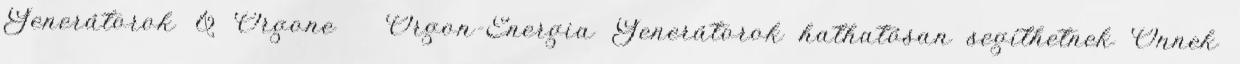
Generátorok & Orgone Orgon-Energia Generátorok hathatósan segíthetnek Önnek